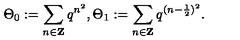
\Theta _ { 0 } : = \sum _ { n \in { \bf Z } } q ^ { n ^ { 2 } } , \Theta _ { 1 } : = \sum _ { n \in { \bf Z } } q ^ { ( n - \frac { 1 } { 2 } ) ^ { 2 } } .